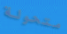
متحولة